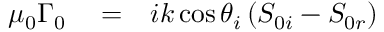
\begin{array} { r l r } { \mu _ { 0 } \Gamma _ { 0 } } & { { } = } & { i k \cos \theta _ { i } \left( S _ { 0 i } - S _ { 0 r } \right) } \end{array}